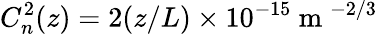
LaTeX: C_{n}^{2}(z)=2(z/L)\times 10^{-15}\mathrm{~m~}^{-2/3}